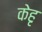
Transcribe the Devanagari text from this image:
केहृ